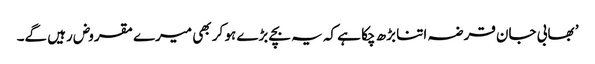
’ بھابی جان قرضہ اتنا بڑھ چکا ہے کہ یہ بچے بڑے ہو کر بھی میرے مقروض رہیں گے۔